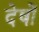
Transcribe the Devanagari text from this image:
देषों